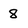
Character: 8